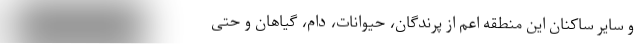
و سایر ساکنان این منطقه اعم از پرندگان، حیوانات، دام، گیاهان و حتی